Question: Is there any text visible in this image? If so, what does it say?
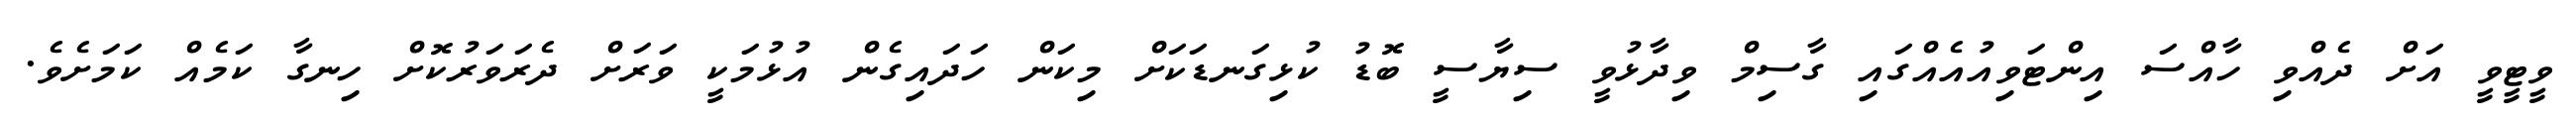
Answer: ވީޓީވީ އަށް ދެއްވި ހާއްސަ އިންޓަވިއުއެއްގައި ގާސިމް ވިދާޅުވީ ސިޔާސީ ބޮޑު ކުޅިގަނޑަކަށް މިކަން ހަދައިގެން އުޅުމަކީ ވަރަށް ދެރަވަރުކޮށް ހިނގާ ކަމެއް ކަމަށެވެ.